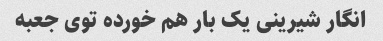
انگار شیرینی یک بار هم خورده توی جعبه